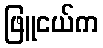
ဖြူငယ်က